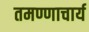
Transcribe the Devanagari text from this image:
तमण्णाचार्य